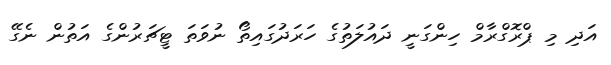
އަދި މި ޕްރޮގްރާމް ހިންގަނީ ދައުލަތުގެ ހަރަދުގައިތޯ ނުވަަތަ ޓީޗަރުންގެ އަތުން ނެގޭ